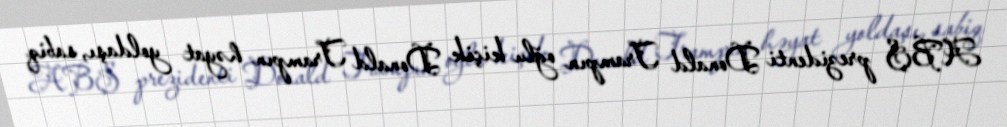
ABŞ prezidenti Donald Trampın oğlu kiçik Donald Trampın həyat yoldaşı, sabiq